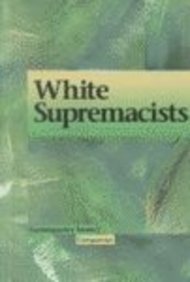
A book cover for Contemporary Issues Companion - White Supremacists (hardcover edition); Regine I. Heberlein; Teen & Young Adult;